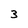
Character: 3